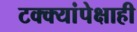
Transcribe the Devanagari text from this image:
टक्क्यांपेक्षाही